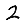
Digit: 2